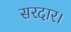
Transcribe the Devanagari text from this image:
सरदार।